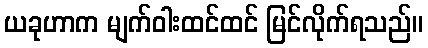
ယခုဟာက မျက်ဝါးထင်ထင် မြင်လိုက်ရသည်။